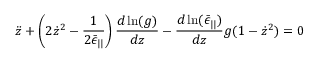
\ddot { z } + \left( 2 \dot { z } ^ { 2 } - \frac { 1 } { 2 \bar { \epsilon } _ { | | } } \right) \frac { d \ln ( g ) } { d z } - \frac { d \ln ( \bar { \epsilon } _ { | | } ) } { d z } g ( 1 - \dot { z } ^ { 2 } ) = 0